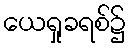
ယေရှုခရစ်၌